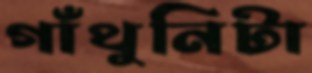
গাঁথুনিটা